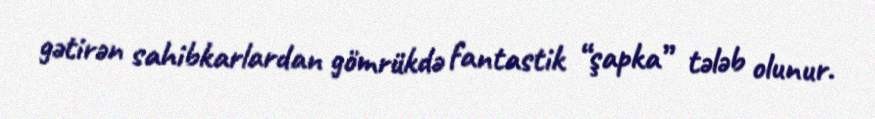
gətirən sahibkarlardan gömrükdə fantastik “şapka” tələb olunur.